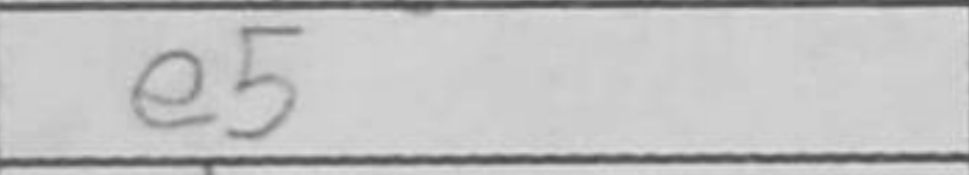
Transcription: e5